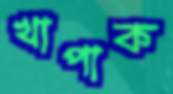
খাপাক